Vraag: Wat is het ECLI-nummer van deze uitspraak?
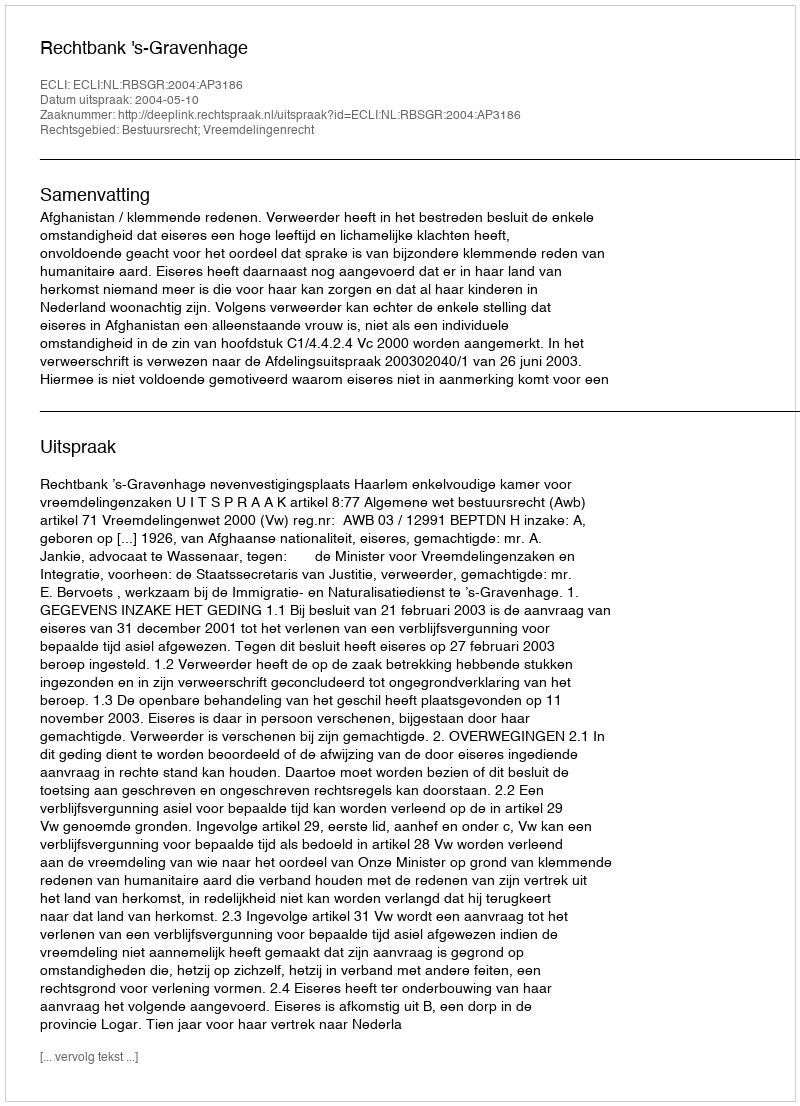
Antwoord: ECLI:NL:RBSGR:2004:AP3186